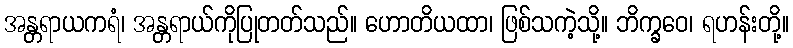
အန္တရာယကရံ၊ အန္တရာယ်ကိုပြုတတ်သည်။ ဟောတိယထာ၊ ဖြစ်သကဲ့သို့။ ဘိက္ခဝေ၊ ရဟန်းတို့။